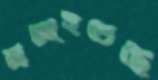
মজাইতেছে